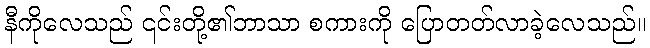
နီကိုလေသည် ၎င်းတို့၏ဘာသာ စကားကို ပြောတတ်လာခဲ့လေသည်။